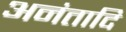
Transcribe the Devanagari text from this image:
अनंतादि